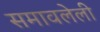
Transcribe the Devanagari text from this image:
समावलेली